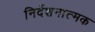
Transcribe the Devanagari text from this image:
निर्देशनात्मक